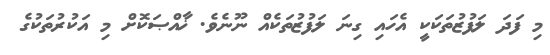
މި ފަދަ ލަފުޒުތަކަކީ އެހައި ގިނަ ލަފުޒުތަކެއް ނޫނެވެ. ޚާއްޞަކޮށް މި އަކުރުތަކުގެ